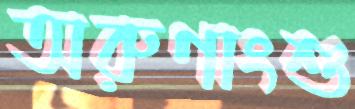
অরুণাংশু